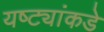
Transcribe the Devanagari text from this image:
यष्ट्यांकडे